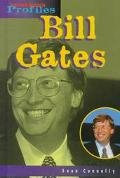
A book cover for Bill Gates (Heinemann Profiles); Sean Connolly; Children's Books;